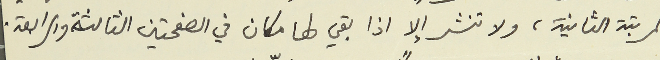
المرتبة الثانية، ولا تنشر إلا اذا بقي لها مكان في الصفحتين الثالثة والرابعة.